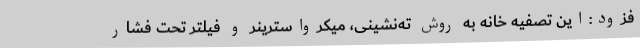
فزود:این تصفیه خانه به روش ته‌نشینی، میکرواسترینر و فیلتر تحت فشار